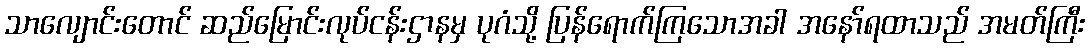
သာလျောင်းတောင် ဆည်မြောင်းလုပ်ငန်းဌာနမှ ပုဂံသို့ ပြန်ရောက်ကြသောအခါ အနော်ရထာသည် အမတ်ကြီး